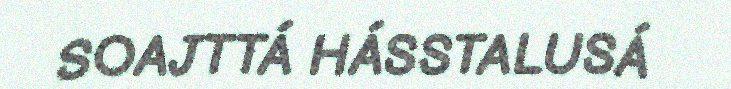
SOAJTTÁ HÁSSTALUSÁ